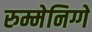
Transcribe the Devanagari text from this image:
रुम्मेनिग्गे